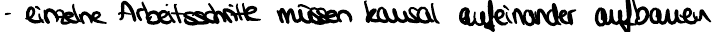
- einzelne Arbeitsschritte müssen kausal aufeinander aufbauen